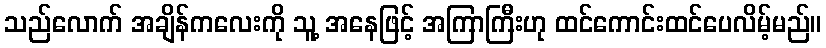
သည်လောက် အချိန်ကလေးကို သူ့ အနေဖြင့် အကြာကြီးဟု ထင်ကောင်းထင်ပေလိမ့်မည်။